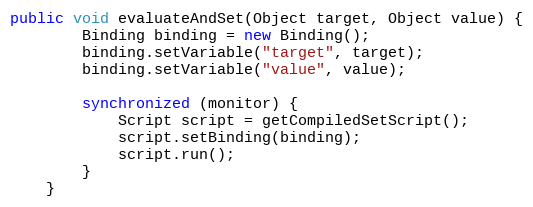
Language: Java
public void evaluateAndSet(Object target, Object value) {
        Binding binding = new Binding();
        binding.setVariable("target", target);
        binding.setVariable("value", value);

        synchronized (monitor) {
            Script script = getCompiledSetScript();
            script.setBinding(binding);
            script.run();
        }
    }